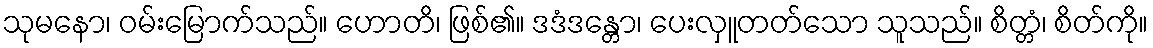
သုမနော၊ ဝမ်းမြောက်သည်။ ဟောတိ၊ ဖြစ်၏။ ဒဒံဒန္တော၊ ပေးလှူတတ်သော သူသည်။ စိတ္တံ၊ စိတ်ကို။